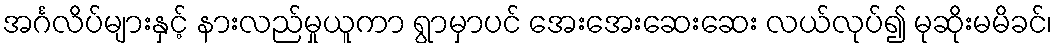
အင်္ဂလိပ်များနှင့် နားလည်မှုယူကာ ရွာမှာပင် အေးအေးဆေးဆေး လယ်လုပ်၍ မုဆိုးမမိခင်၊